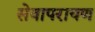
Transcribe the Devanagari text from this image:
सेवापरायण